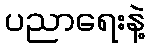
ပညာရေးနဲ့